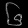
Digit: ၆